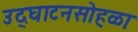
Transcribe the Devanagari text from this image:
उद्‌घाटनसोहळा